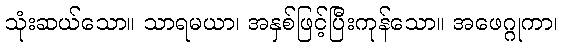
သုံးဆယ်သော။ သာရမယာ၊ အနှစ်ဖြင့်ပြီးကုန်သော။ အဖေဂ္ဂုကာ၊